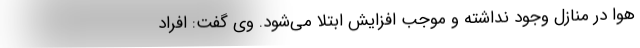
هوا در منازل وجود نداشته و موجب افزایش ابتلا می‌شود. وی گفت: افراد